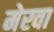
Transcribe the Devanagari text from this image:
मेरवा